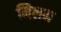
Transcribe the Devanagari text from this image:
मिलम